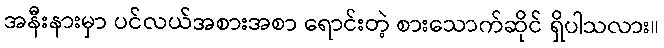
အနီးနားမှာ ပင်လယ်အစားအစာ ရောင်းတဲ့ စားသောက်ဆိုင် ရှိပါသလား။